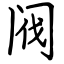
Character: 阀